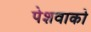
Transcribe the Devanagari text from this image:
पेशवाको